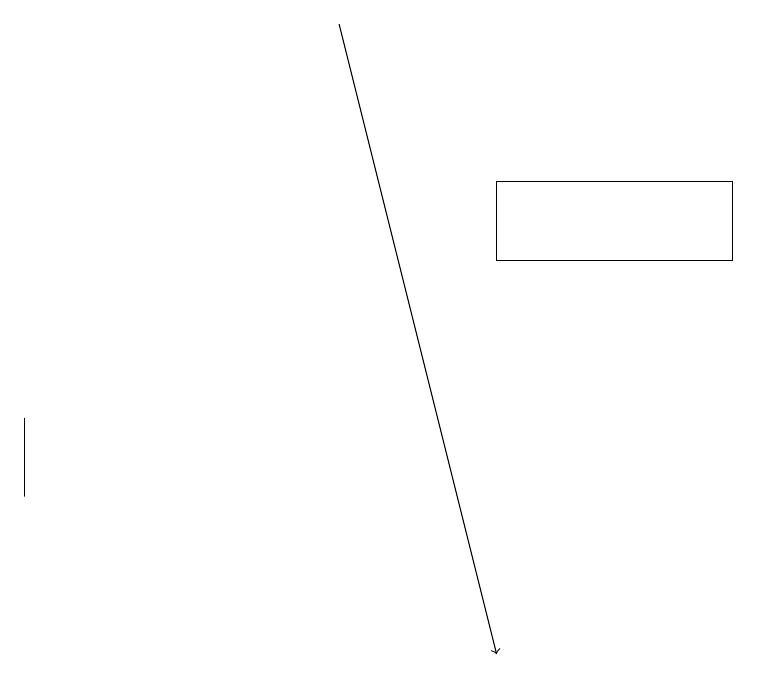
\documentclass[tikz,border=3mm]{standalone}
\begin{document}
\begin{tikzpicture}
\draw (9,17) rectangle (6,16);
\draw[->] (4,19) -- (6,11);
\draw (0,13) rectangle (0,14);
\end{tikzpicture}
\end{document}